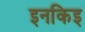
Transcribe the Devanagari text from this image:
इनकिइ